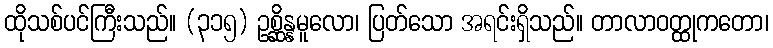
ထိုသစ်ပင်ကြီးသည်။ (၃၁၅) ဥစ္ဆိန္နမူလော၊ ပြတ်သော အရင်းရှိသည်။ တာလာဝတ္ထုကတော၊